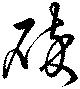
碎